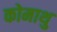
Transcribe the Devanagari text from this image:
कोमाथु